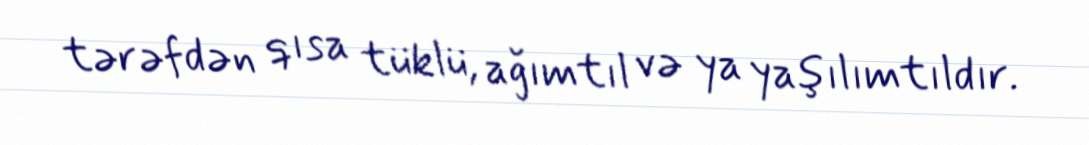
tərəfdən qısa tüklü, ağımtıl və ya yaşılımtıldır.